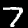
Label: 7